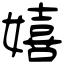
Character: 嬉